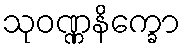
သုဝဏ္ဏနိက္ခော